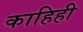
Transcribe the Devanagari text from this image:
काहिही